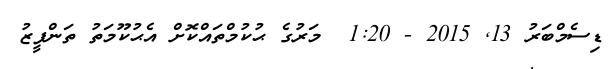
ޑިސެމްބަރު 13